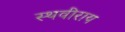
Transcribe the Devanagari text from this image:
स्थवीराय